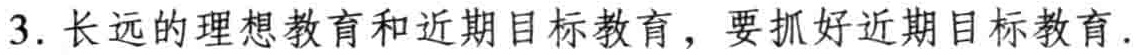
3. 长远的理想教育和近期目标教育，要抓好近期目标教育.